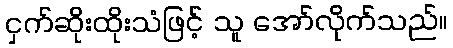
ငှက်ဆိုးထိုးသံဖြင့် သူ အော်လိုက်သည်။